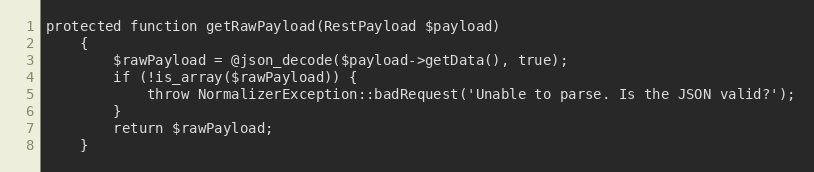
Language: PHP
protected function getRawPayload(RestPayload $payload)
    {
        $rawPayload = @json_decode($payload->getData(), true);
        if (!is_array($rawPayload)) {
            throw NormalizerException::badRequest('Unable to parse. Is the JSON valid?');
        }
        return $rawPayload;
    }